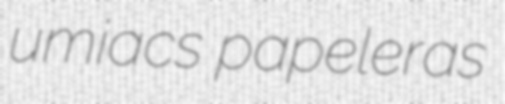
umiacs papeleras